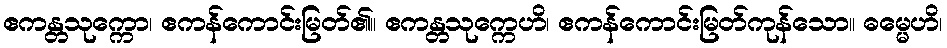
ဧကန္တသုက္ကော၊ ဧကန်ကောင်းမြတ်၏။ ဧကန္တသုက္ကေဟိ၊ ဧကန်ကောင်းမြတ်ကုန်သော။ ဓမ္မေဟိ၊